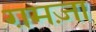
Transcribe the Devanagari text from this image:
ग़मज़ा